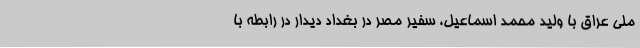
ملی عراق با ولید محمد اسماعیل، سفیر مصر در بغداد دیدار ‌در رابطه با